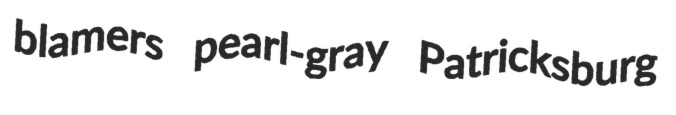
blamers pearl-gray Patricksburg